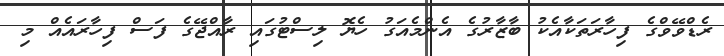
ރެޑްވޭވްގެ ފިހާރަތަކާއެކު ބާޒާރުގެ އެންމެއަގު ހެޔޮ ލިސްޓުގައި ރާއްޖޭގެ ފަސް ފިހާރައެއް މި